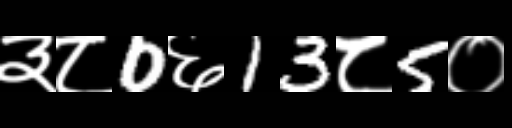
Text: ३८0६13८5०